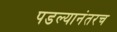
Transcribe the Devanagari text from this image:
पडल्यानंतरच